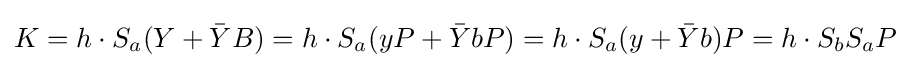
K=h\cdot S_{a}(Y+{\bar {Y}}B)=h\cdot S_{a}(yP+{\bar {Y}}bP)=h\cdot S_{a}(y+{\bar {Y}}b)P=h\cdot S_{b}S_{a}P